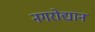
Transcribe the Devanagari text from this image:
नगरोद्यान